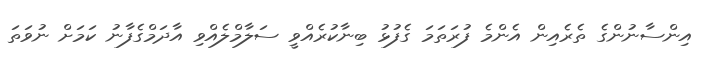
އިންސާނުންގެ ތެރެއިން އެންމެ ފުރަތަމަ ގެފުޅު ބިނާކުރެއްވީ ސަލާމްލެއްވި އާދަމްގެފާނު ކަމަށް ނުވަތަ